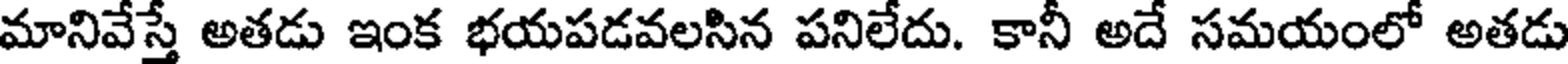
మానివేస్తే అతడు ఇంక భయపడవలసిన పనిలేదు. కానీ అదే సమయంలో అతడు